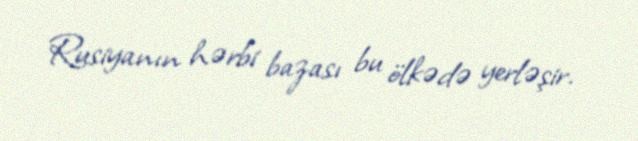
Rusiyanın hərbi bazası bu ölkədə yerləşir.